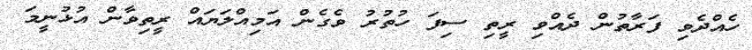
ހެއްދެވި ފަރާތުން ދެއްވި ރީތި ސިފަ ހުތުރު ވެގެން އަމިއްލަޔައް ރީތިވާން އުޅުނީމަ